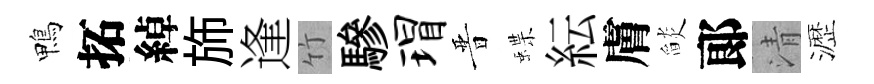
鴨拓綽斾逢竹驂瑁晋蝶紜膚𦦨郞清瀝